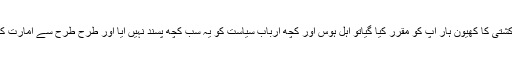
ایسے نازک حالات میں جب اس کشتی کا کھیون ہار آپ کو مقرر کیا گیاتو اہل ہوس اور کچھ ارباب سیاست کو یہ سب کچھ پسند نہیں آیا اور طرح طرح سے امارت کی مخالفت کا طوفان اٹھ کھڑا ہوا ۔